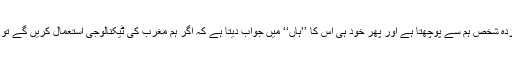
یہ ہے وہ سوال جو ہر مغرب زدہ شخص ہم سے پوچھتا ہے اور پھر خود ہی اس کا ’’ہاں‘‘ میں جواب دیتا ہے کہ اگر ہم مغرب کی ٹیکنالوجی استعمال کریں گے تو ہمیں ان کا کلچر بھی لینا ہوگا۔